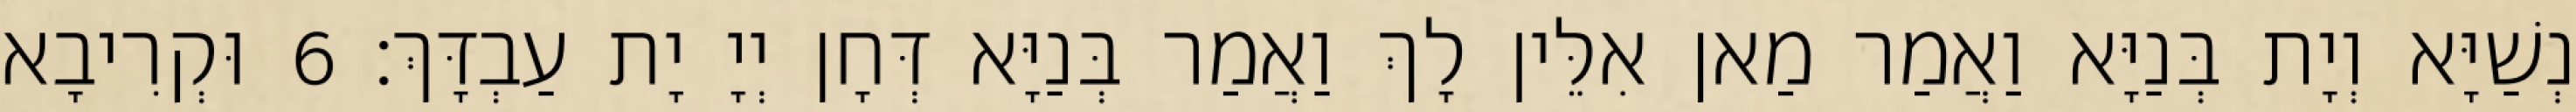
נְשַׁיָּא וְיָת בְּנַיָּא וַאֲמַר מַאן אִלֵּין לָךְ וַאֲמַר בְּנַיָּא דְּחָן יְיָ יָת עַבְדָּךְ׃ 6 וּקְרִיבָא